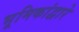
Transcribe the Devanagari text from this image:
भूमिकांद्वारे